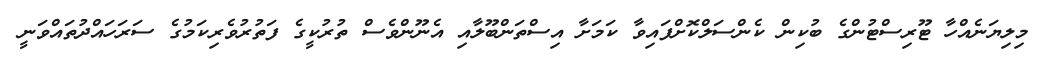
މިލިޔަނެއްހާ ޓޫރިސްޓުންގެ ބުކިން ކެންސަލްކޮށްފައިވާ ކަމަށާ އިސްތަންބޫލާއި އެނޫންވެސް ތުރުކީގެ ފަތުރުވެރިކަމުގެ ސަރަހައްދުތައްވަނީ